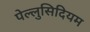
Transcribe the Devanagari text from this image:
पेल्लुसिदियम